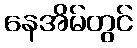
နေအိမ်တွင်